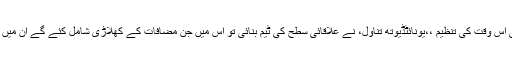
مانسہرہ ڈسٹرکٹ چمپئن شپ کھیلنے کیلئے گاوں کی بجائے یوتھ کی اس وقت کی تنظیم ،،یونائٹڈیوتھ تناول، نے علاقائی سطح کی ٹیم بنائی تو اس میں جن مضافات کے کھلاڑی شامل کئے گے ان میں کریڑ ، بحالی ، ریاڑ، گوجری اور حسینیاں کے کھلاڑی شامل تھے۔